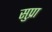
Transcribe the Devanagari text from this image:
सुप्रा